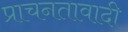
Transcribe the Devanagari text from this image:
प्राचनतावादी